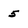
Character: 5